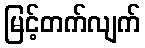
မြင့်တက်လျက်